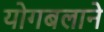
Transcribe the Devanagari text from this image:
योगबलाने